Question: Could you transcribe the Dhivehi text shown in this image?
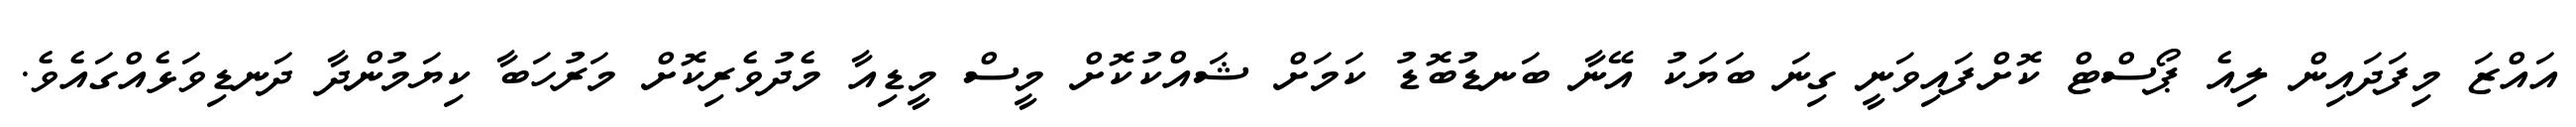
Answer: އައްޒަ މިފަދައިން ލިއެ ޕޯސްޓް ކޮށްފައިވަނީ ގިނަ ބަޔަކު އޭނާ ބަނޑުބޮޑު ކަމަށް ޝައްކުކޮށް މީސް މީޑިއާ މެދުވެރިކޮށް މަރުހަބާ ކިޔަމުންދާ ދަނޑިވަޅެއްގައެވެ.